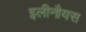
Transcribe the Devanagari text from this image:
इलीनौयस